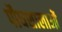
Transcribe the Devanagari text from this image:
पौधशालाओं